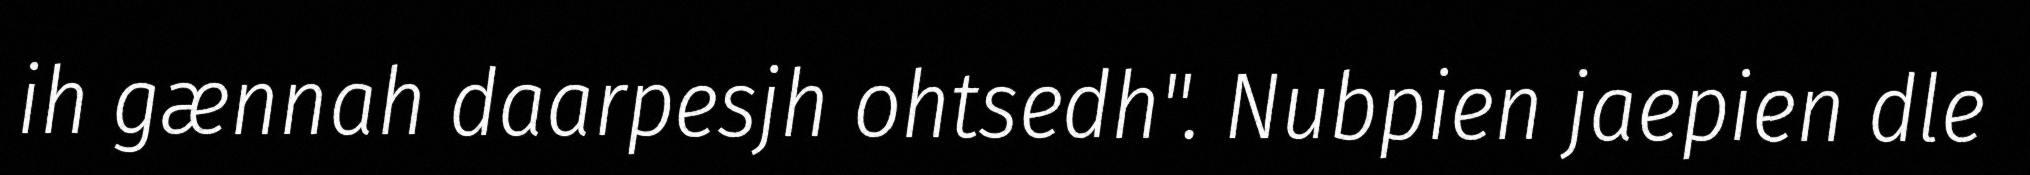
ih gænnah daarpesjh ohtsedh". Nubpien jaepien dle